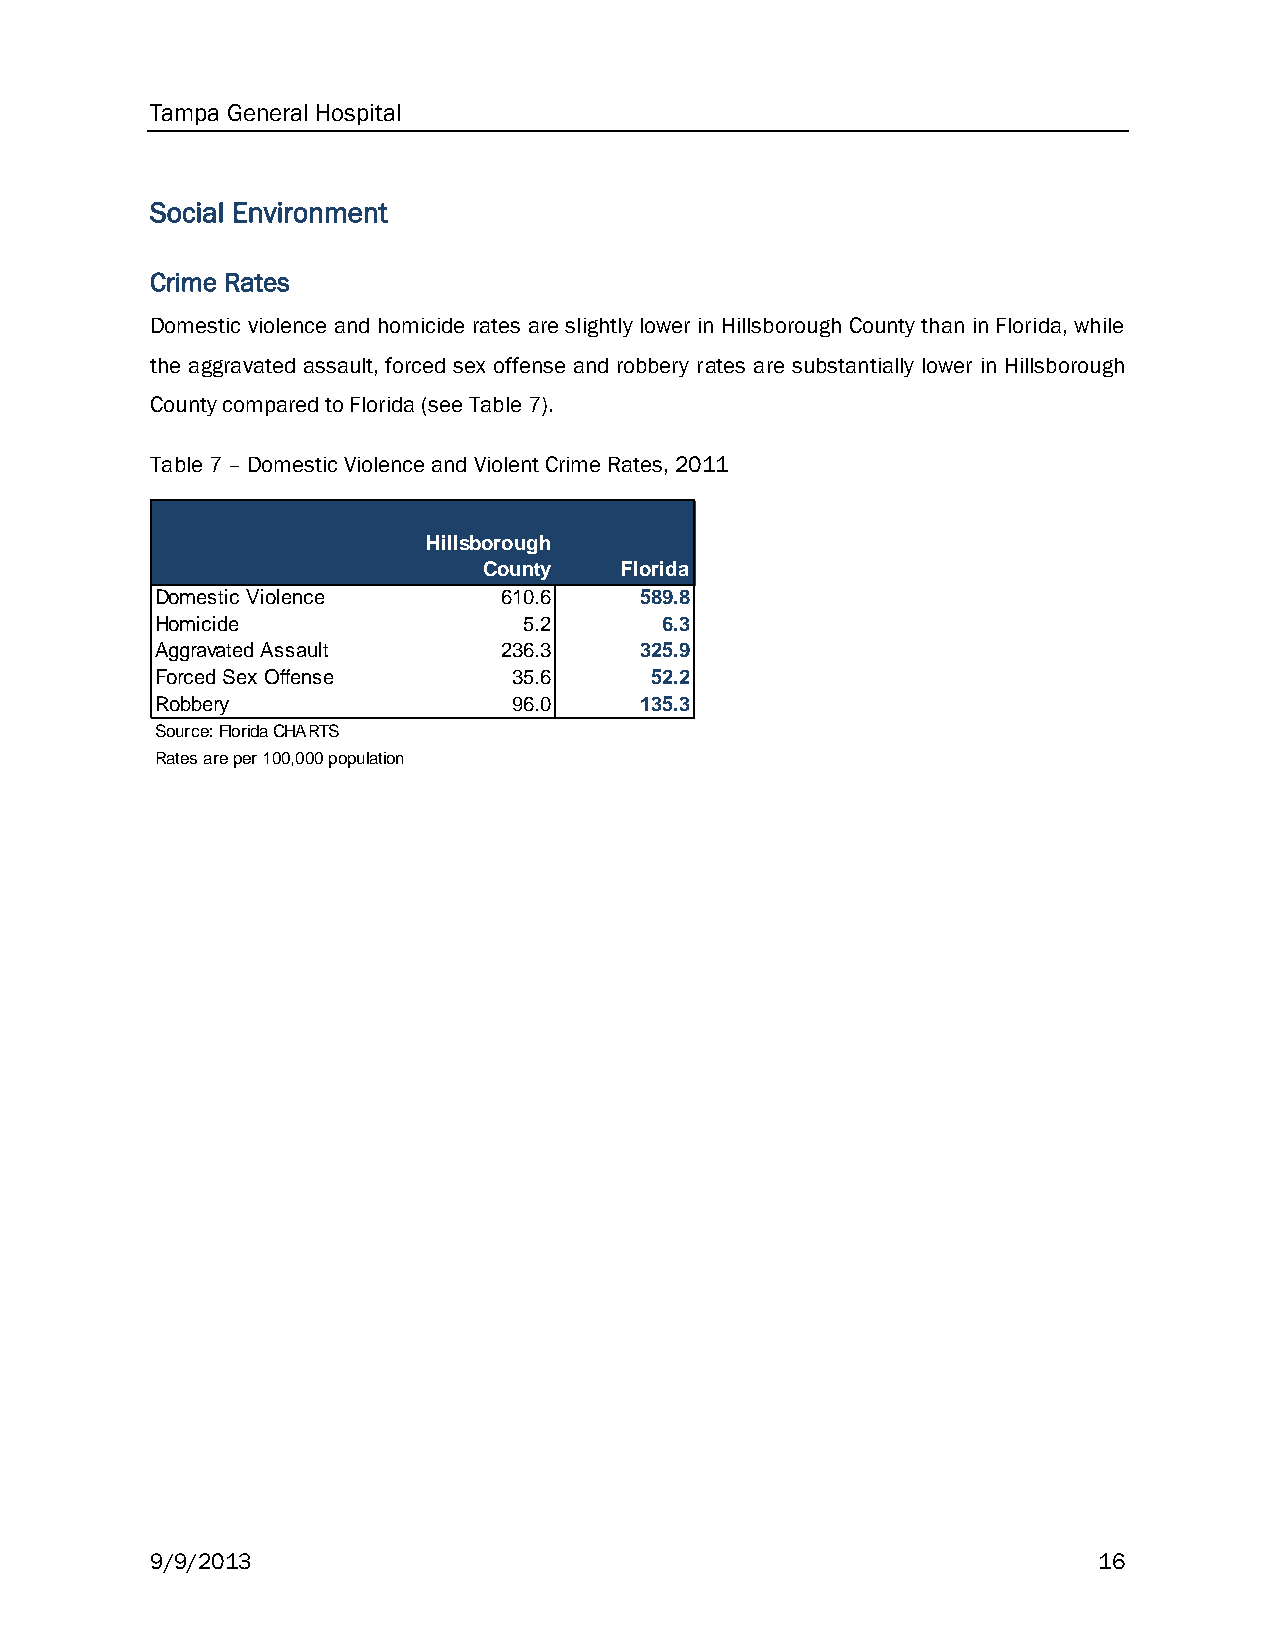
Tampa General Hospital
 Social Environment
 Crime Rates
 Domestic violence and homicide rates are slightly lower in Hillsborough County than in Florida, while
 the aggravated assault, forced sex offense and robbery rates are substantially lower in Hillsborough
 County compared to Florida (see Table 7).
 Table 7 – Domestic Violence and Violent Crime Rates, 2011
 Hillsborough
 County   Florida
 Domestic Violence      610.6    589.8
 Homicide                 5.2      6.3
 Aggravated Assault     236.3    325.9
 Forced Sex Offense      35.6     52.2
 Robbery                 96.0    135.3
 Source: Florida CHARTS
 Rates are per 100,000 population
 9/9/2013                                                       16